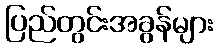
ပြည်တွင်းအခွန်များ